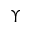
\Upsilon